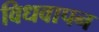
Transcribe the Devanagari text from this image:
विधवापन